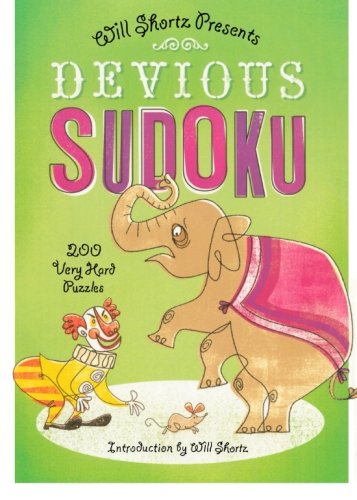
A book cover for Will Shortz Presents Devious Sudoku: 200 Very Hard Puzzles; Humor & Entertainment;